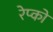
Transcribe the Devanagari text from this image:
रेप्को